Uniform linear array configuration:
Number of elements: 24
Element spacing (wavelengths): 1
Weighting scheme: hann
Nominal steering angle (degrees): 0
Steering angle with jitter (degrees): -1.222
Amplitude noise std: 0.05
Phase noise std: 0.05

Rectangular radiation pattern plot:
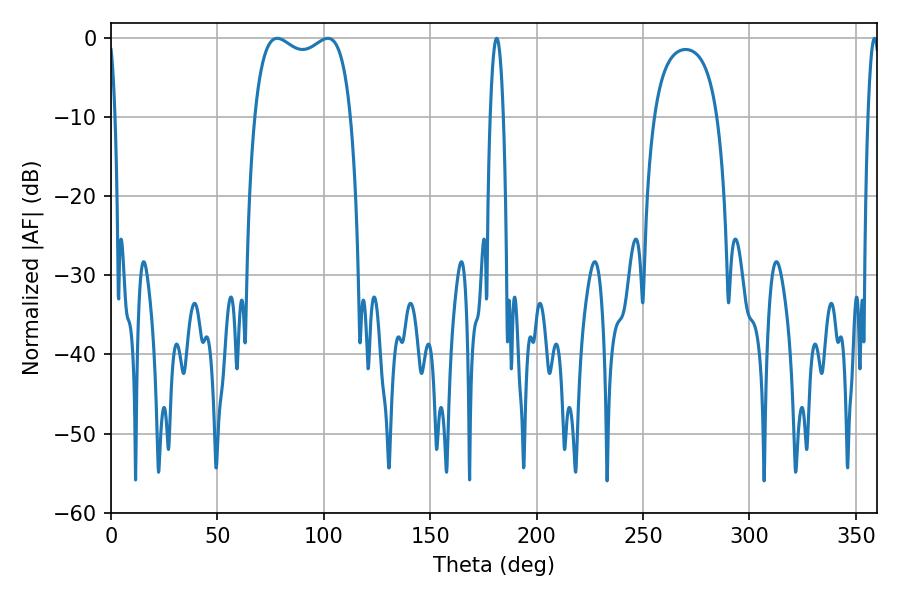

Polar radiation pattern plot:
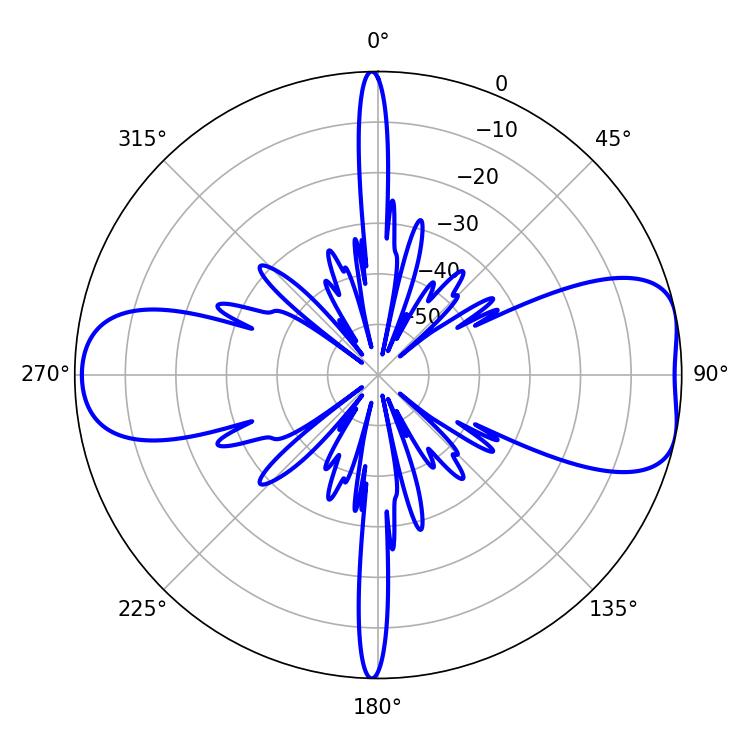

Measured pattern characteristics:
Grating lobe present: TRUE
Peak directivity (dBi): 7.939
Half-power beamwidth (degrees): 37.08
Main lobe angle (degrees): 78.12